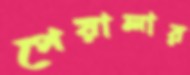
পেয়ালার